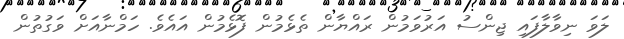
ލަވަ ނިވާލާފައި ޖިންސު އަރުވަމުން ރައްޔާން ތެޅެމުން ފޮޅެމުން އައެވެ. ހަމްނާއަށް ވަގުތުން